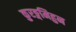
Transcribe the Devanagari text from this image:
कुरङ्गमिहुन